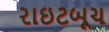
રાઇટબૂચ